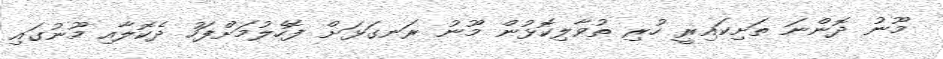
މޫނު ދޮންނަ ތަށިކައިރީ ހުރި ތުވާލިކޮޅުން މޫނު ރަނގަޅަށް ފޮހެލުމަށްފަހު ދެކޮލާއި މޫނުގައި